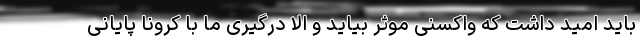
باید امید داشت که واکسنی موثر بیاید و الا درگیری ما با کرونا پایانی